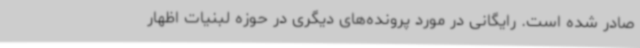
صادر شده است. رایگانی در مورد پرونده‌های دیگری در حوزه لبنیات اظهار